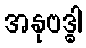
အနုဗဒ္ဓါ